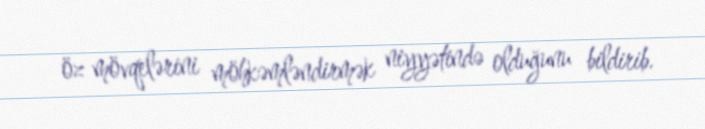
öz mövqelərini möhkəmləndirmək niyyətində olduğunu bildirib.